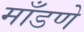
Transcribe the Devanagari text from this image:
माँडणे